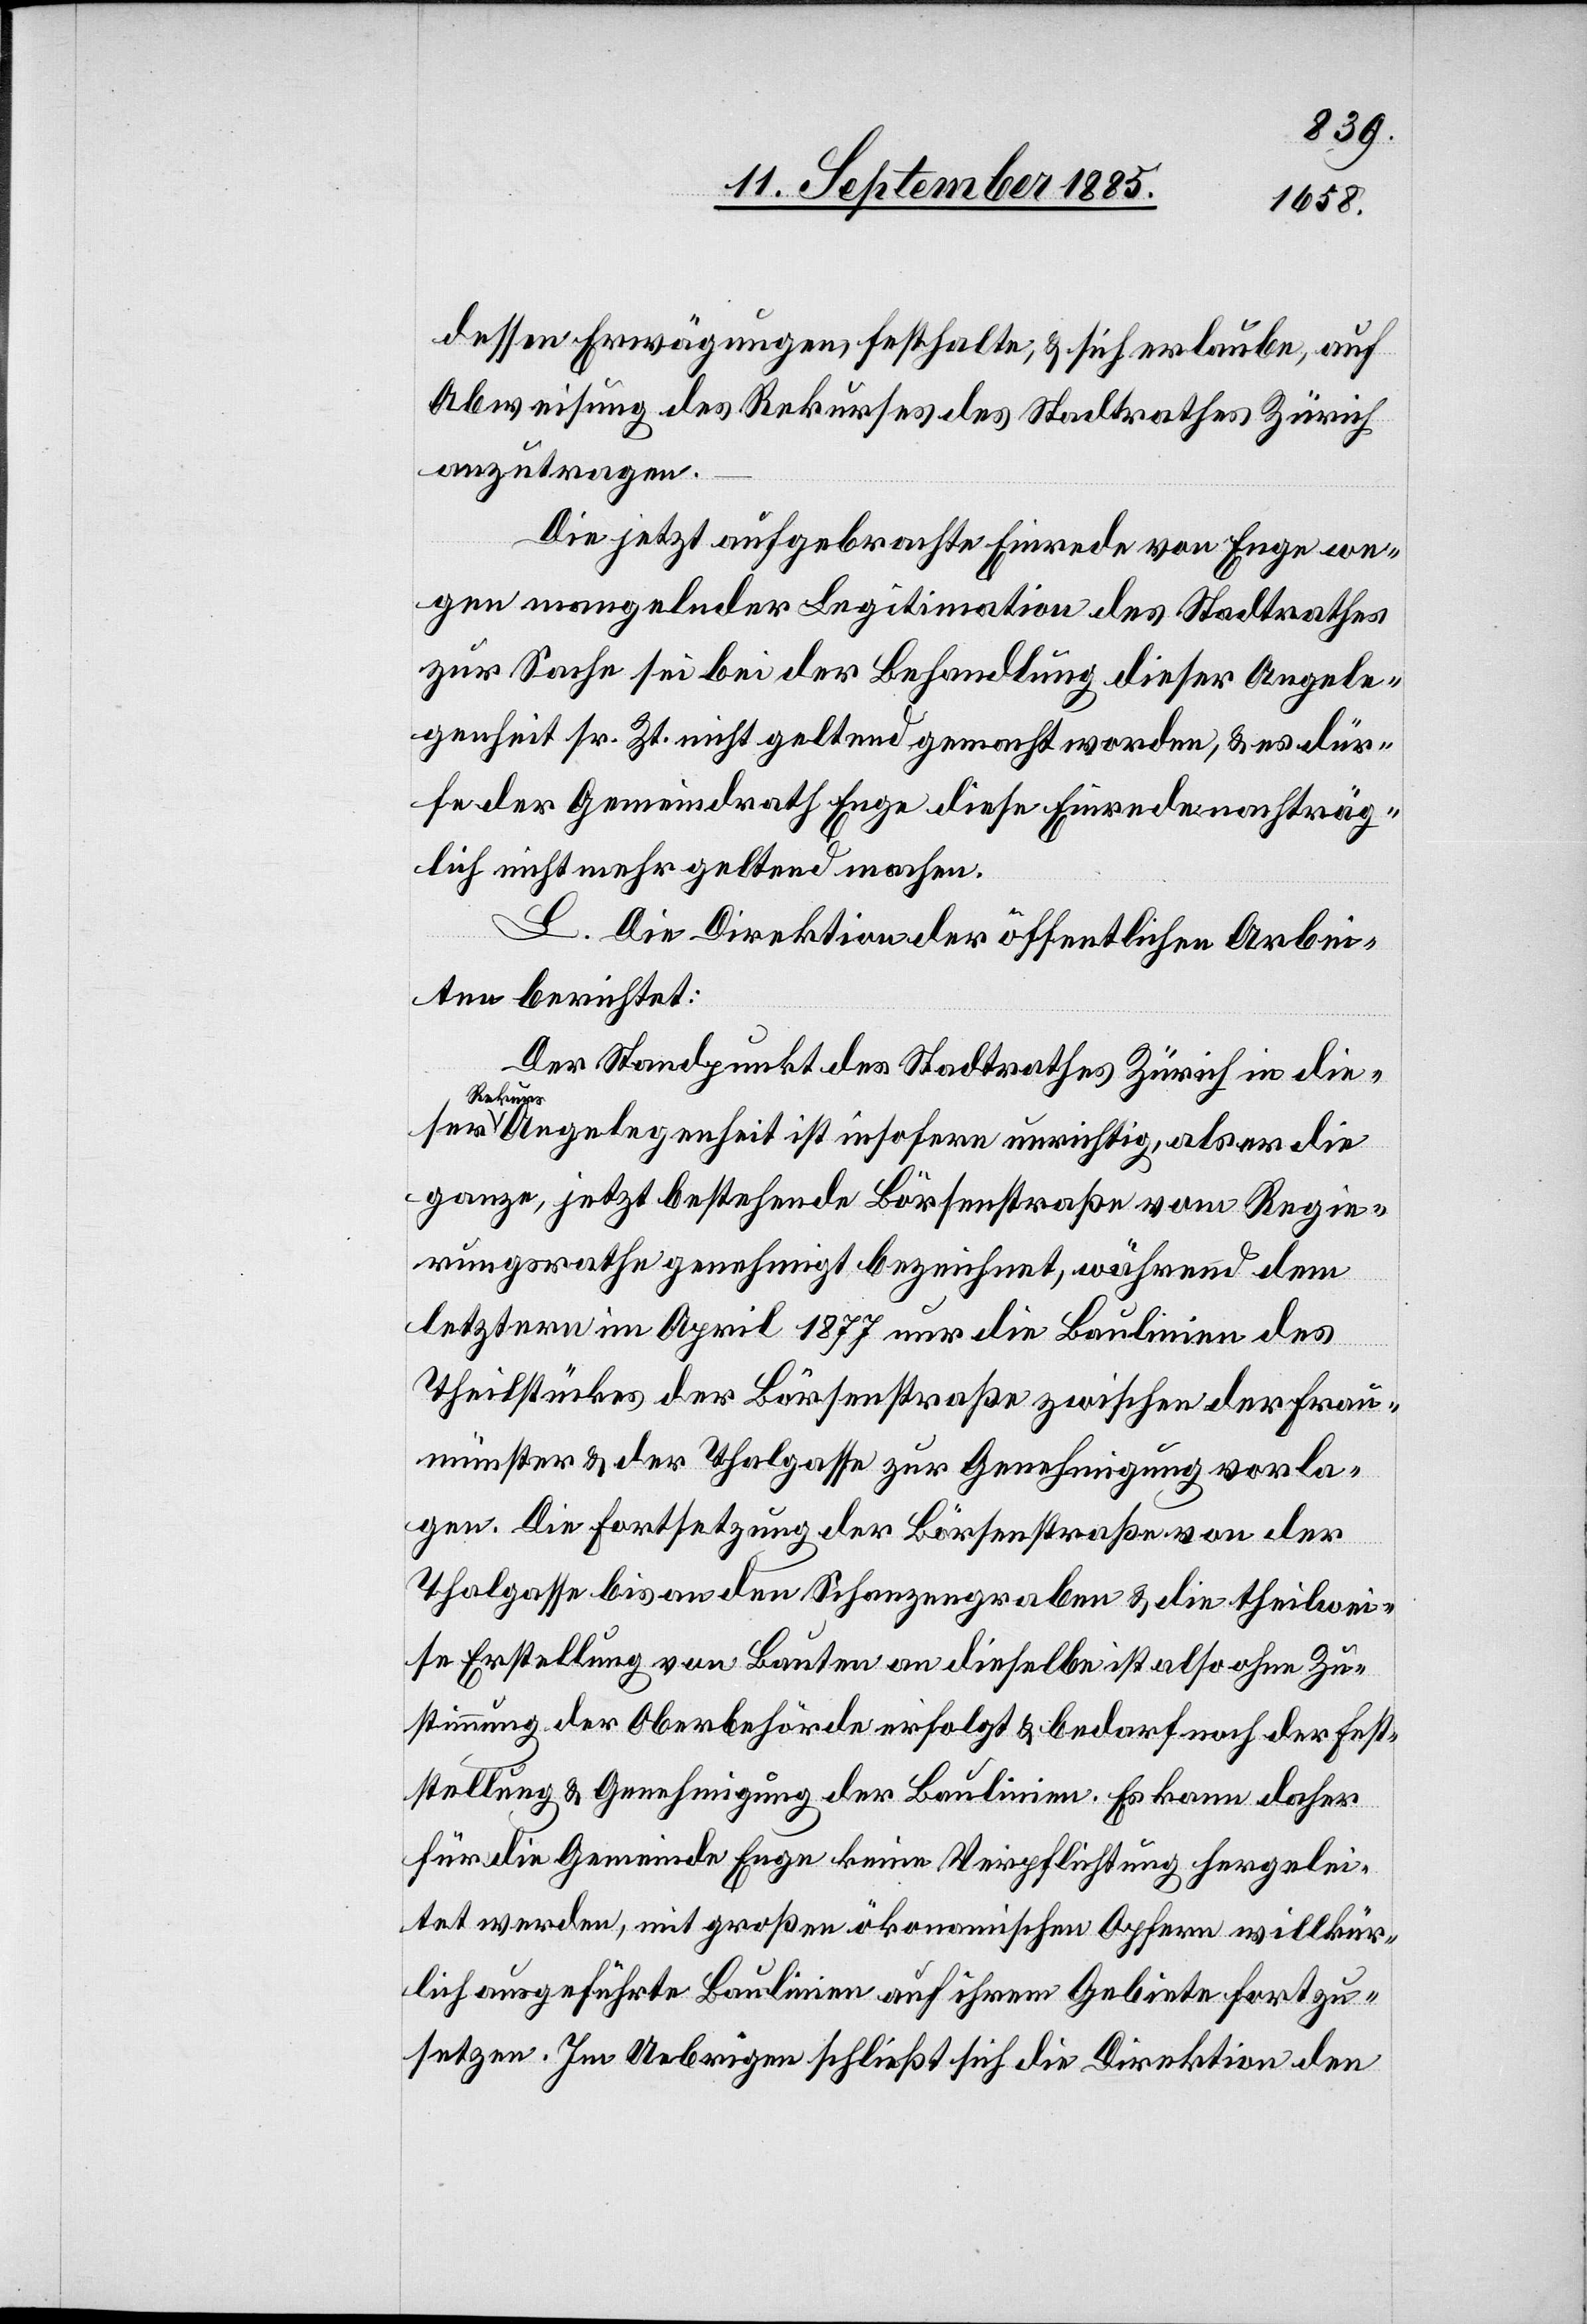
dessen Erwägungen festhalte, & sich erlaube, auf
Abweisung des Rekurses des Stadtrates Zürich
anzutragen.
ser
Die jetzt aufgebrachte Einrede von Enge we¬
gen mangelnder Legitimation des Stadtrates
zur Sache sei bei der Behandlung dieser Angele¬
genheit sr. Zt. nicht geltend gemacht worden, & es dür¬
fe der Gemeindrath Enge diese Einrede nachträg¬
lich nicht mehr geltend machen.
L. Die Direktion der öffentlichen Arbei¬
ten berichtet:
Der Standpunkt des Stadtrathes Zürich in die¬
a-Rekur¬
s-aAngelegenheit ist insofern unrichtig, als er die
ganze, jetzt bestehende Börsenstraße vom Regie¬
rungsrathe genehmigt bezeichnet, während dem
letztern im April 1877 nur die Baulinien des
Teilstückes der Börsenstraße zwischen der Frau¬
münster[-] & der Thalgasse zur Genehmigung vorla¬
gen. Die Fortsetzung der Börsenstraße von der
Thalgasse bis an den Schanzengraben & die theilwei¬
se Erstellung von Bauten an dieselbe ist also ohne Zu¬
stimmung der Oberbehörde erfolgt & bedarf nach der Fest¬
stellung & Genehmigung der Baulinien. Es kann daher
für die Gemeinde Enge keine Verpflichtung hergelei¬
tet werden, mit großen ökonomischen Opfern willkür¬
lich ausgeführte Baulinien auf ihrem Gebiete fortzu¬
setzen. Im Uebrigen schließt sich die Direktion den